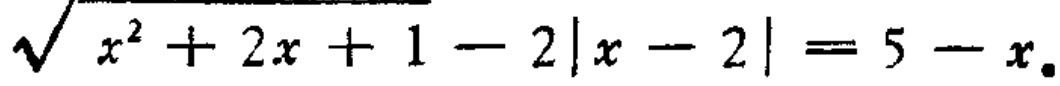
\(\sqrt{x^{2}+2x + 1}-2|x - 2|=5 - x\)